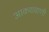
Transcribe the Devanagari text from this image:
आकशवाणी